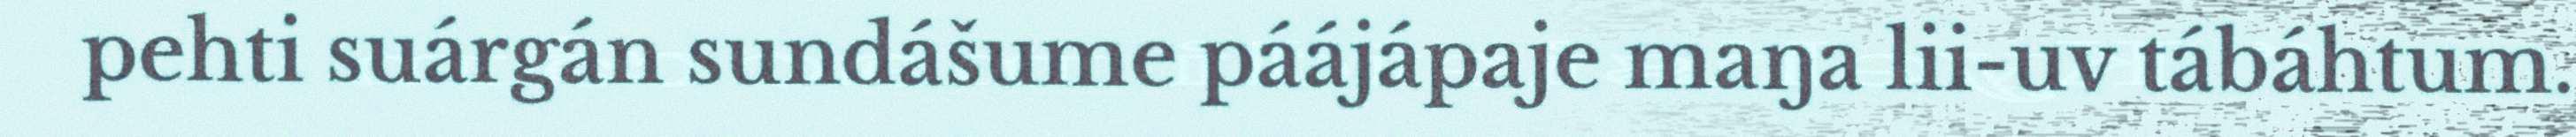
pehti suárgán sundášume páájápaje maŋa lii-uv tábáhtum.